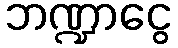
ဘဏ္ဍာငွေ